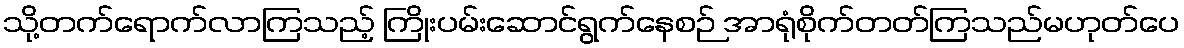
သို့တက်ရောက်လာကြသည့် ကြိုးပမ်းဆောင်ရွက်နေစဉ် အာရုံစိုက်တတ်ကြသည်မဟုတ်ပေ